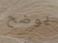
يوضح